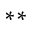
^ { * * }